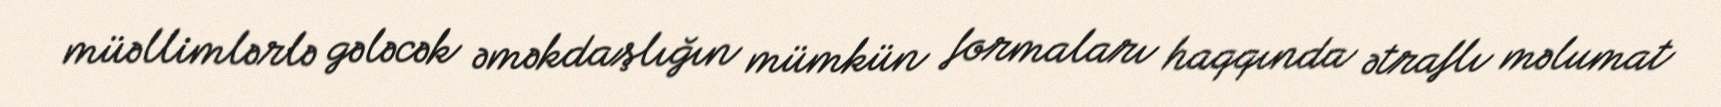
müəllimlərlə gələcək əməkdaşlığın mümkün formaları haqqında ətraflı məlumat